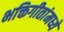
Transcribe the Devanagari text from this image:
भक्तिगीतांमध्ये